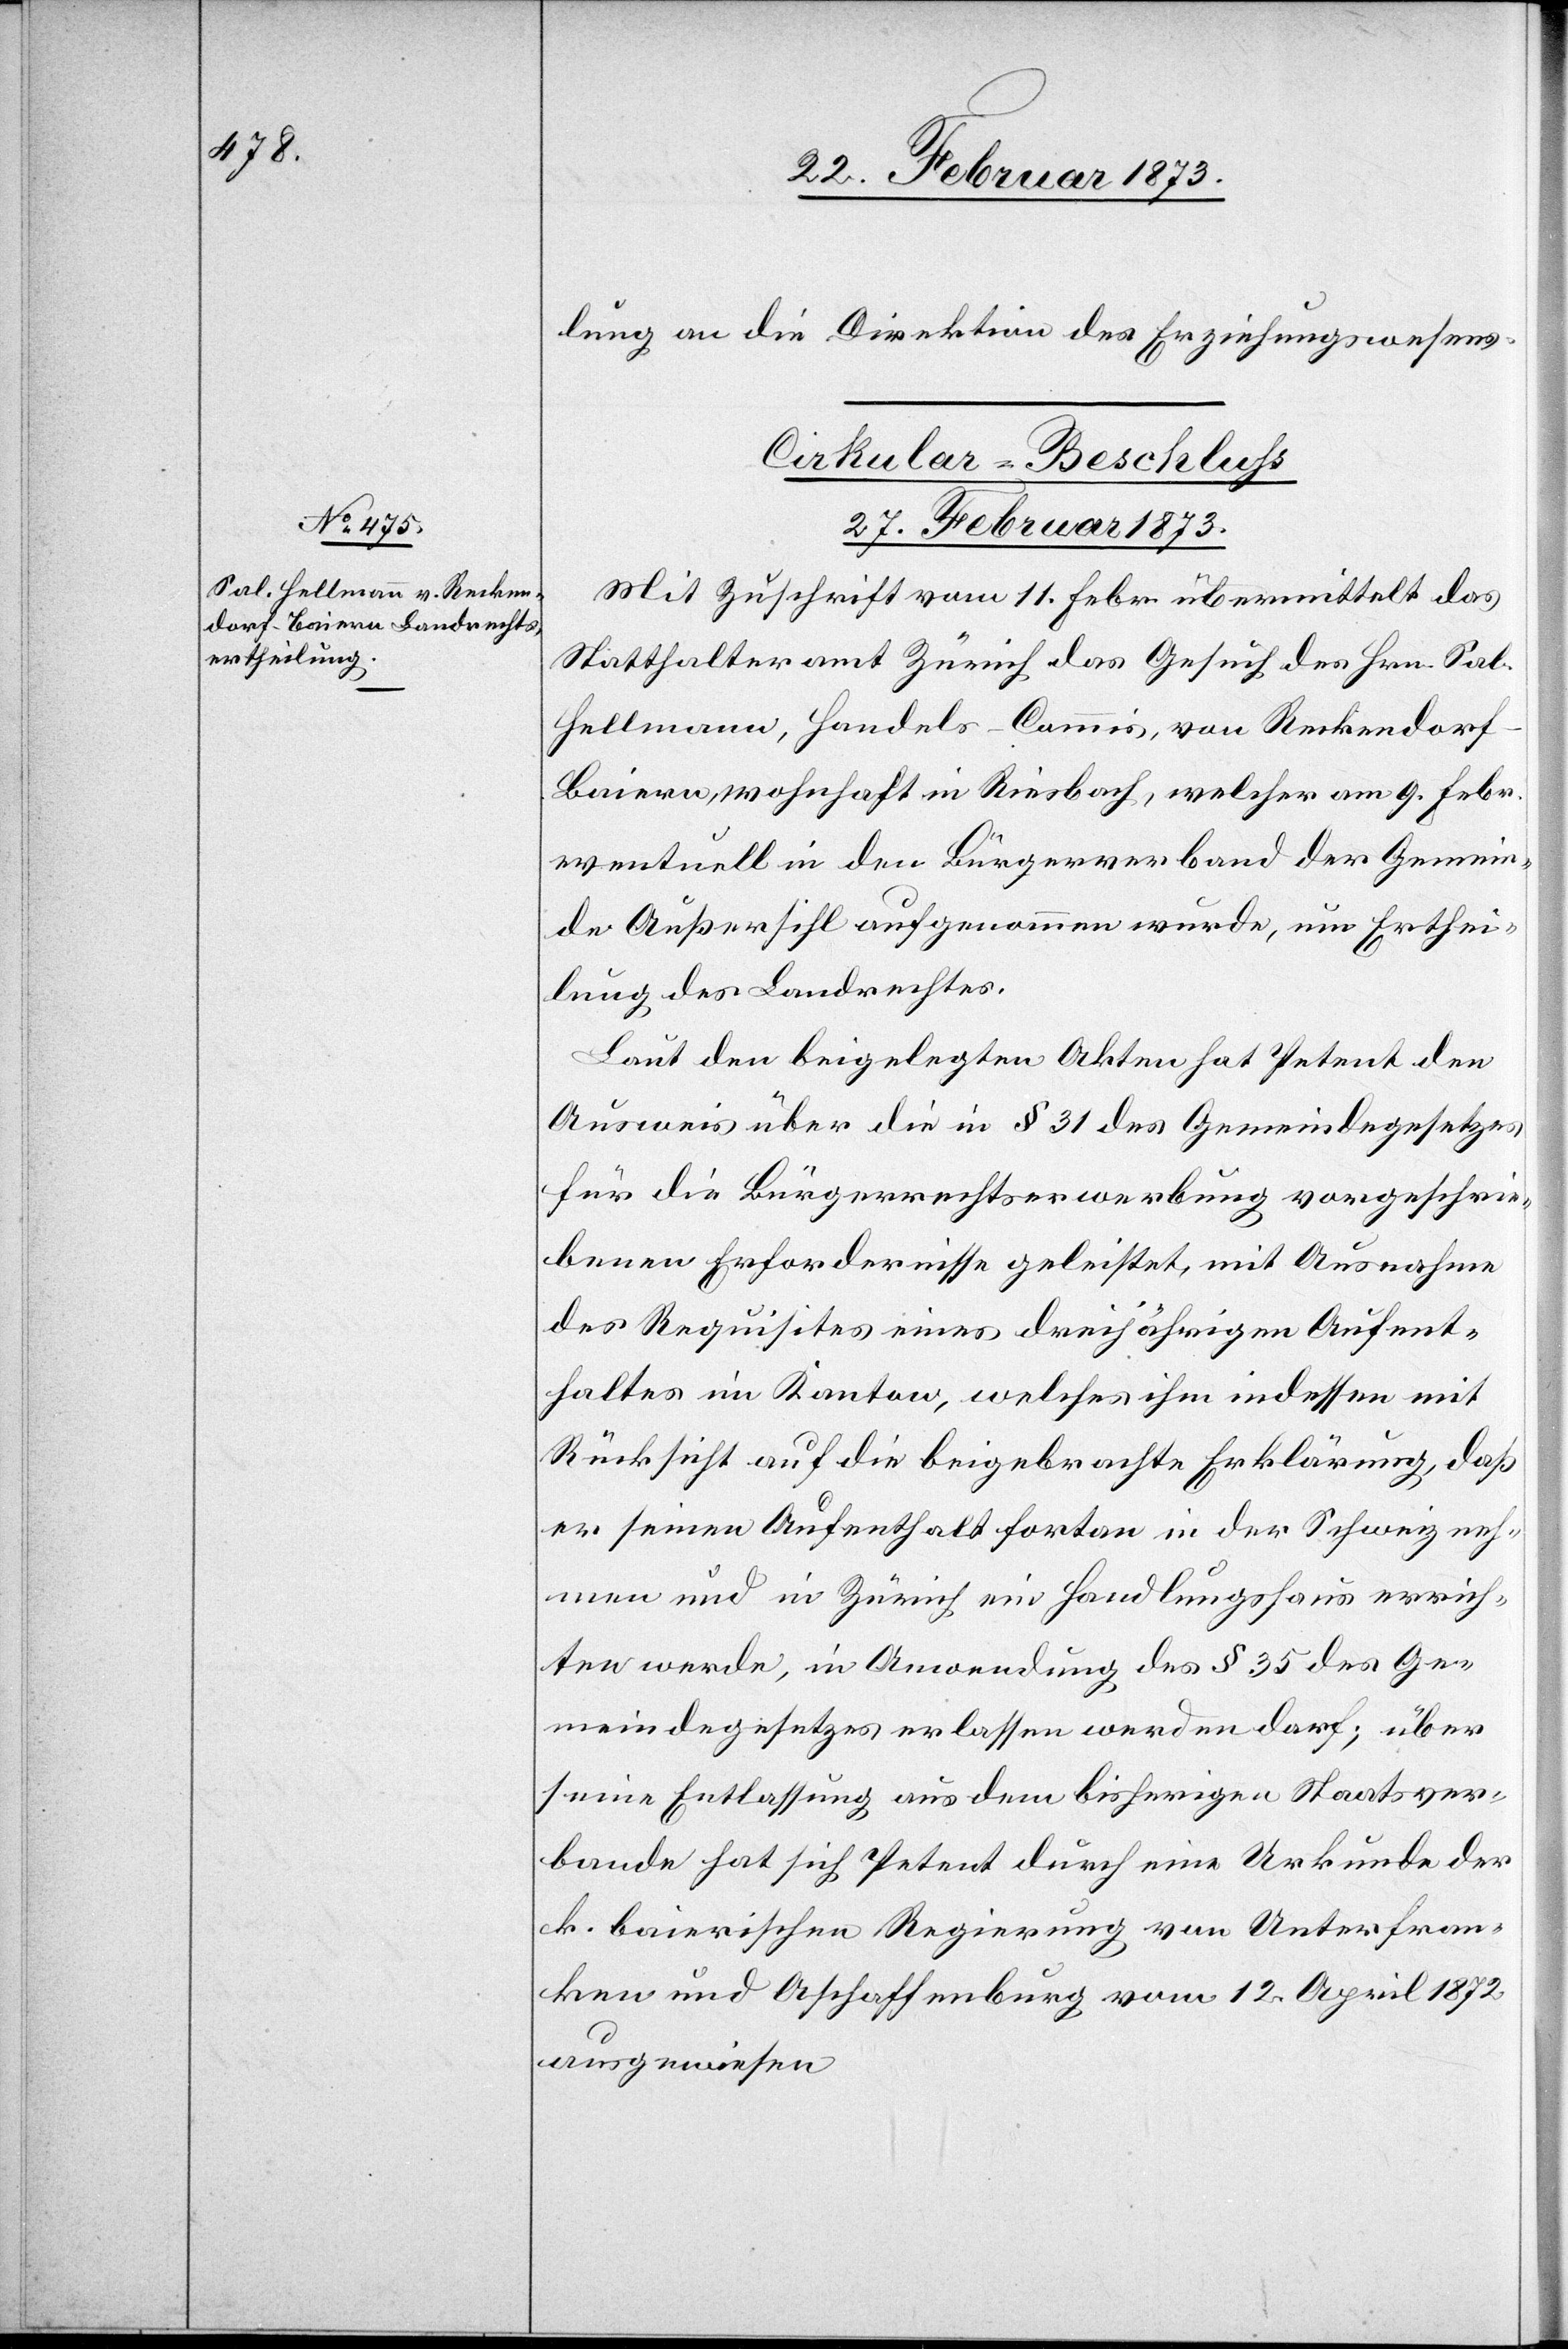
lung an die Direktion des Erziehungswesens
Cirkular-Beschluß
27. Februar 1873.
Mit Zuschrift vom 11. Febr. übermittelt das
Statthalteramt Zürich das Gesuch des Hrn. Sal.
Hellmann, Handels-Commis, von Reckendor¬
f-Baiern, wohnhaft in Riesbach, welcher am 9. Febr.
eventuell in den Bürgerverband der Gemein¬
de Außersihl aufgenommen wurde, um Erthei¬
lung des Landrechtes.
Laut den beigelegten Akten hat Petent den
Ausweis über die in § 31 des Gemeindegesetzes
für die Bürgerrechtserwerbung vorgeschrie¬
benen Erfordernisse geleistet, mit Ausnahme
des Requisites eines dreijährigen Aufent¬
haltes im Kanton, welches ihm indessen mit
Rücksicht auf die beigebrachte Erklärung, daß
er seinen Aufenthalt fortan in der Schweiz neh¬
men und in Zürich ein Handlungshaus errich¬
ten werde, in Anwendung des § 35 des Ge¬
meindegesetzes erlassen werden darf; über
seine Entlassung aus dem bisherigen Staatsver¬
bande hat sich Petent durch eine Urkunde der
k. baierischen Regierung von Unterfran¬
ken und Aschaffenburg vom 12. April 1872
ausgewiesen.